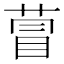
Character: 萺